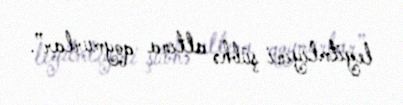
legitmliyini şübhə altına qoymurlar”.